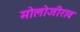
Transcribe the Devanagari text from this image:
मोलोजीराव